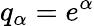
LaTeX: q_{\alpha}=e^{\alpha}